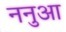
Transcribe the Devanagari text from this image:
ननुआ